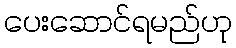
ပေးဆောင်ရမည်ဟု